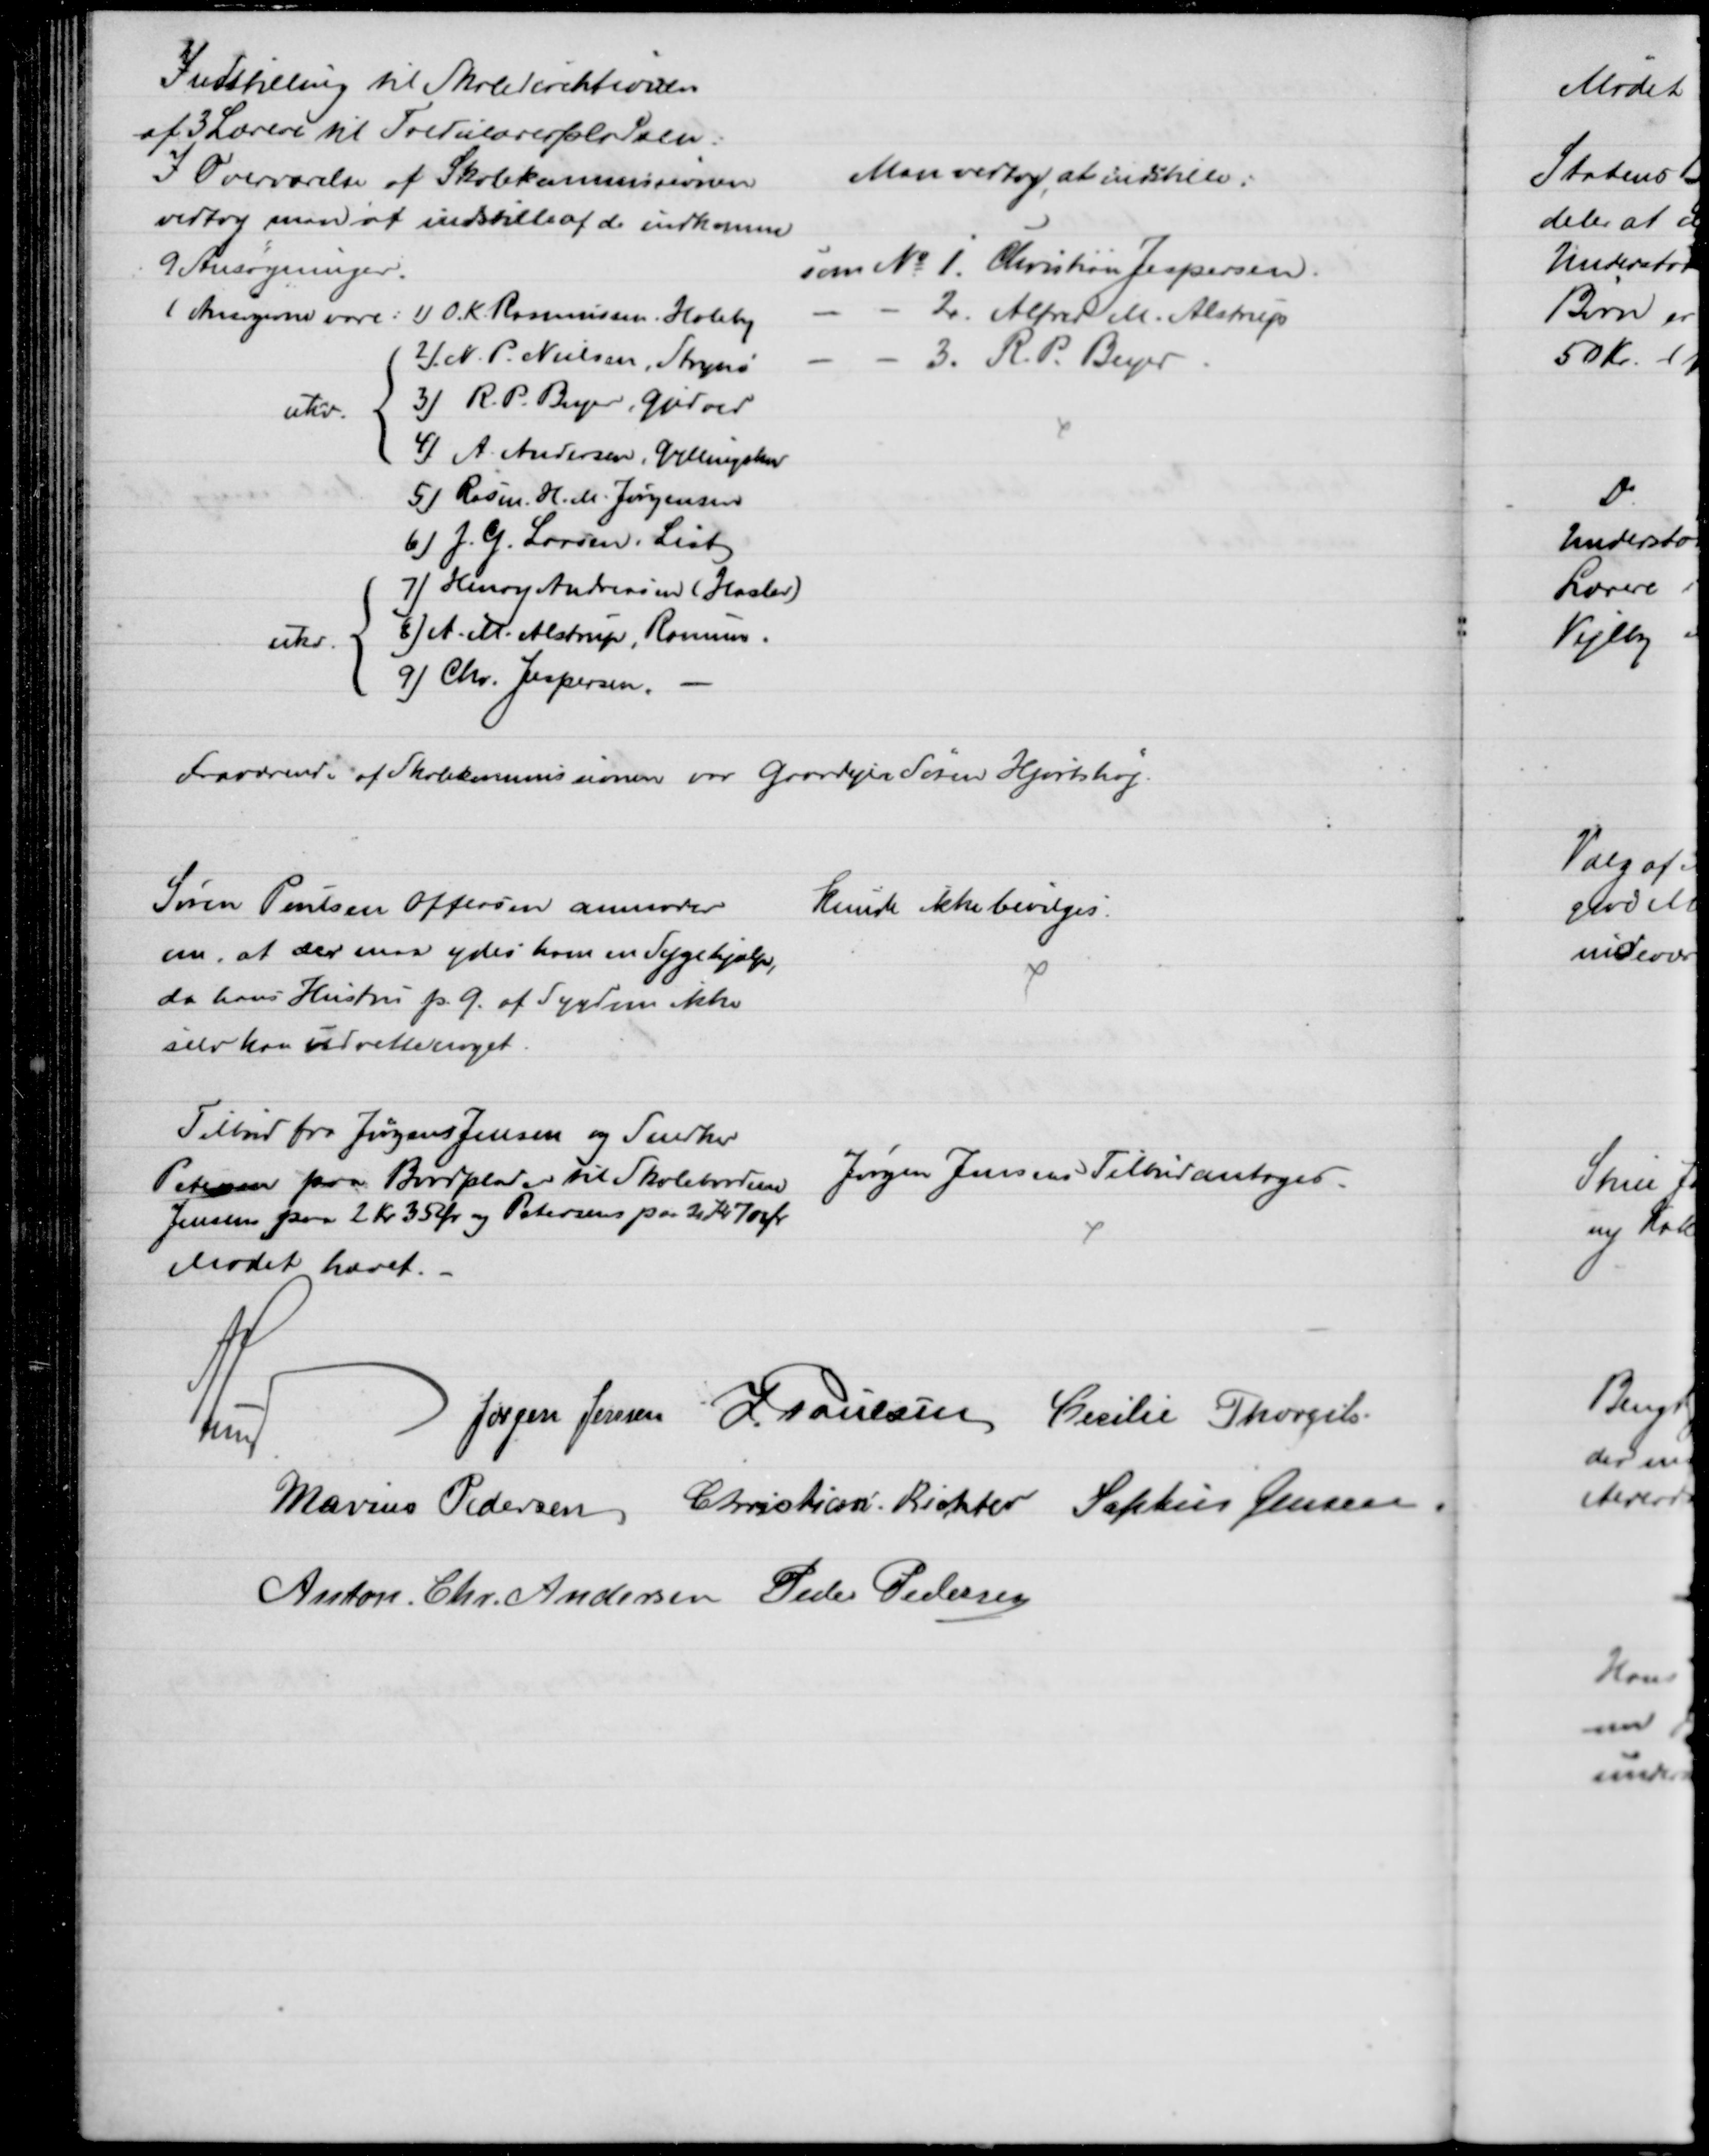
Transskription:
Indstilling til Skoledirektionen
af 3 Lærere til Tredielærerpladsen:
I Overværelse af Skolekommissionen
vedtog man at indstille af de indkomme
9 Ansøgninger.
(Ansøgerne vare:
ukv.
1) O. K. Rasmussen, Holeby
2) N. P. Nielsen, Strynø
3) R. P. Beyer, Gødved
4) A. Andersen, Gyllingskov
5) Rasm. H. M. Jørgensen
6) J. G. Larsen, List
ukv.
7) Henry Andreasen (Haslev)
8) A. M. Alstrup, Rosmus.
9) Chr. Jespersen.
Man vedtog at indstille:
som № 1. Christian Jespersen
2. Alfred M. Alstrup
3. R. P. Beyer
Fraværende af Skolekommissionen var Gaardejer Søren Hjortshøj.
Søren Poulsen Offersen anmoder
om, at der maa ydes ham en Sygehjælp,
da hans Hustru p. G. af Sygdom ikke
selv kan udrette meget.
Kunde ikke bevilges.
Tilbud fra Jørgen Jensen og Snedker
Petersen paa Bordplader til Skolebordene
Jensens paa 2 Kr 35 Ør og Petersens paa 2 Kr 70 Ør
Jørgen Jensens Tilbud antoges.
Mødet hævet.
A Lund
Jørgen Jensen J. Poulsen Cecilie Thorgils
Marius Pedersen Christian Richter Sophus Jensen
Anton Chr. Andersen Peder Pedersen